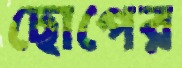
ছোপের